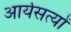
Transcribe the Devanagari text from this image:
आर्यसत्यों